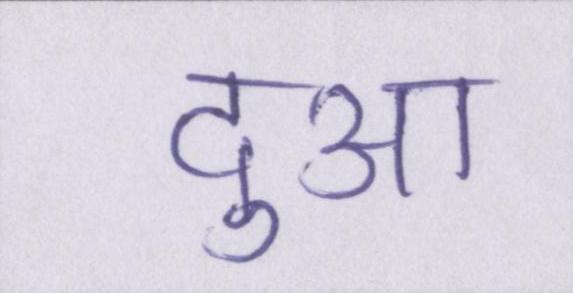
दुआ